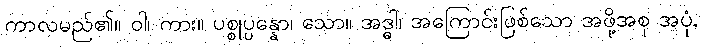
ကာလမည်၏။ ဝါ၊ ကား။ ပစ္စုပ္ပန္နော၊ သော။ အဒ္ဓါ၊ အကြောင်းဖြစ်သော အဖို့အစု အပုံ,